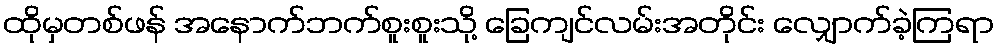
ထိုမှတစ်ဖန် အနောက်ဘက်စူးစူးသို့ ခြေကျင်လမ်းအတိုင်း လျှောက်ခဲ့ကြရာ